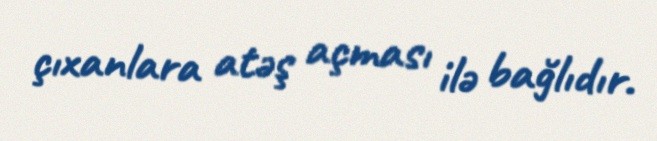
çıxanlara atəş açması ilə bağlıdır.